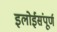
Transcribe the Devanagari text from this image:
इलोईसंपूर्ण